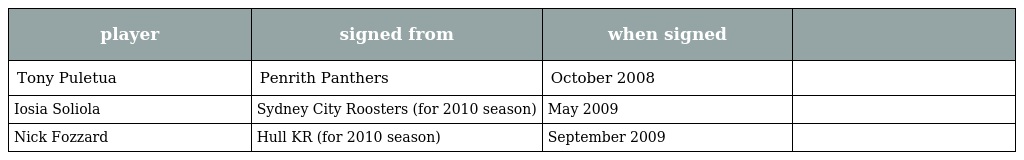
| player | signed from | when signed |  |
 | --- | --- | --- | --- |
 | Tony Puletua | Penrith Panthers | October 2008 |  |
 | Iosia Soliola | Sydney City Roosters (for 2010 season) | May 2009 |  |
 | Nick Fozzard | Hull KR (for 2010 season) | September 2009 |  |